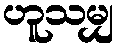
ဟူသမျှ